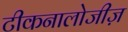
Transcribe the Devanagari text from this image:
टीकनालोजीज़